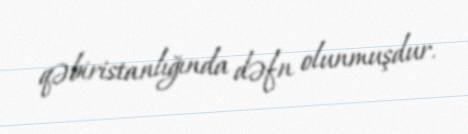
qəbiristanlığında dəfn olunmuşdur.